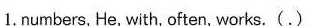
1.numbers, He, with, often, works. (.)